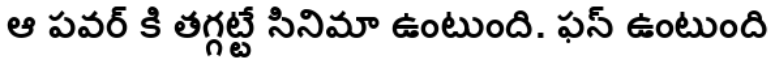
ఆ పవర్ కి తగ్గట్టే సినిమా ఉంటుంది. ఫన్ ఉంటుంది